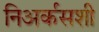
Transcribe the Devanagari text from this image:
निअर्कसशी